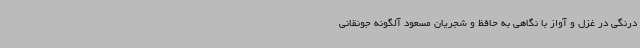
درنگی در غزل و آواز با نگاهی به حافظ و شجریان مسعود آلگونه جونقانی